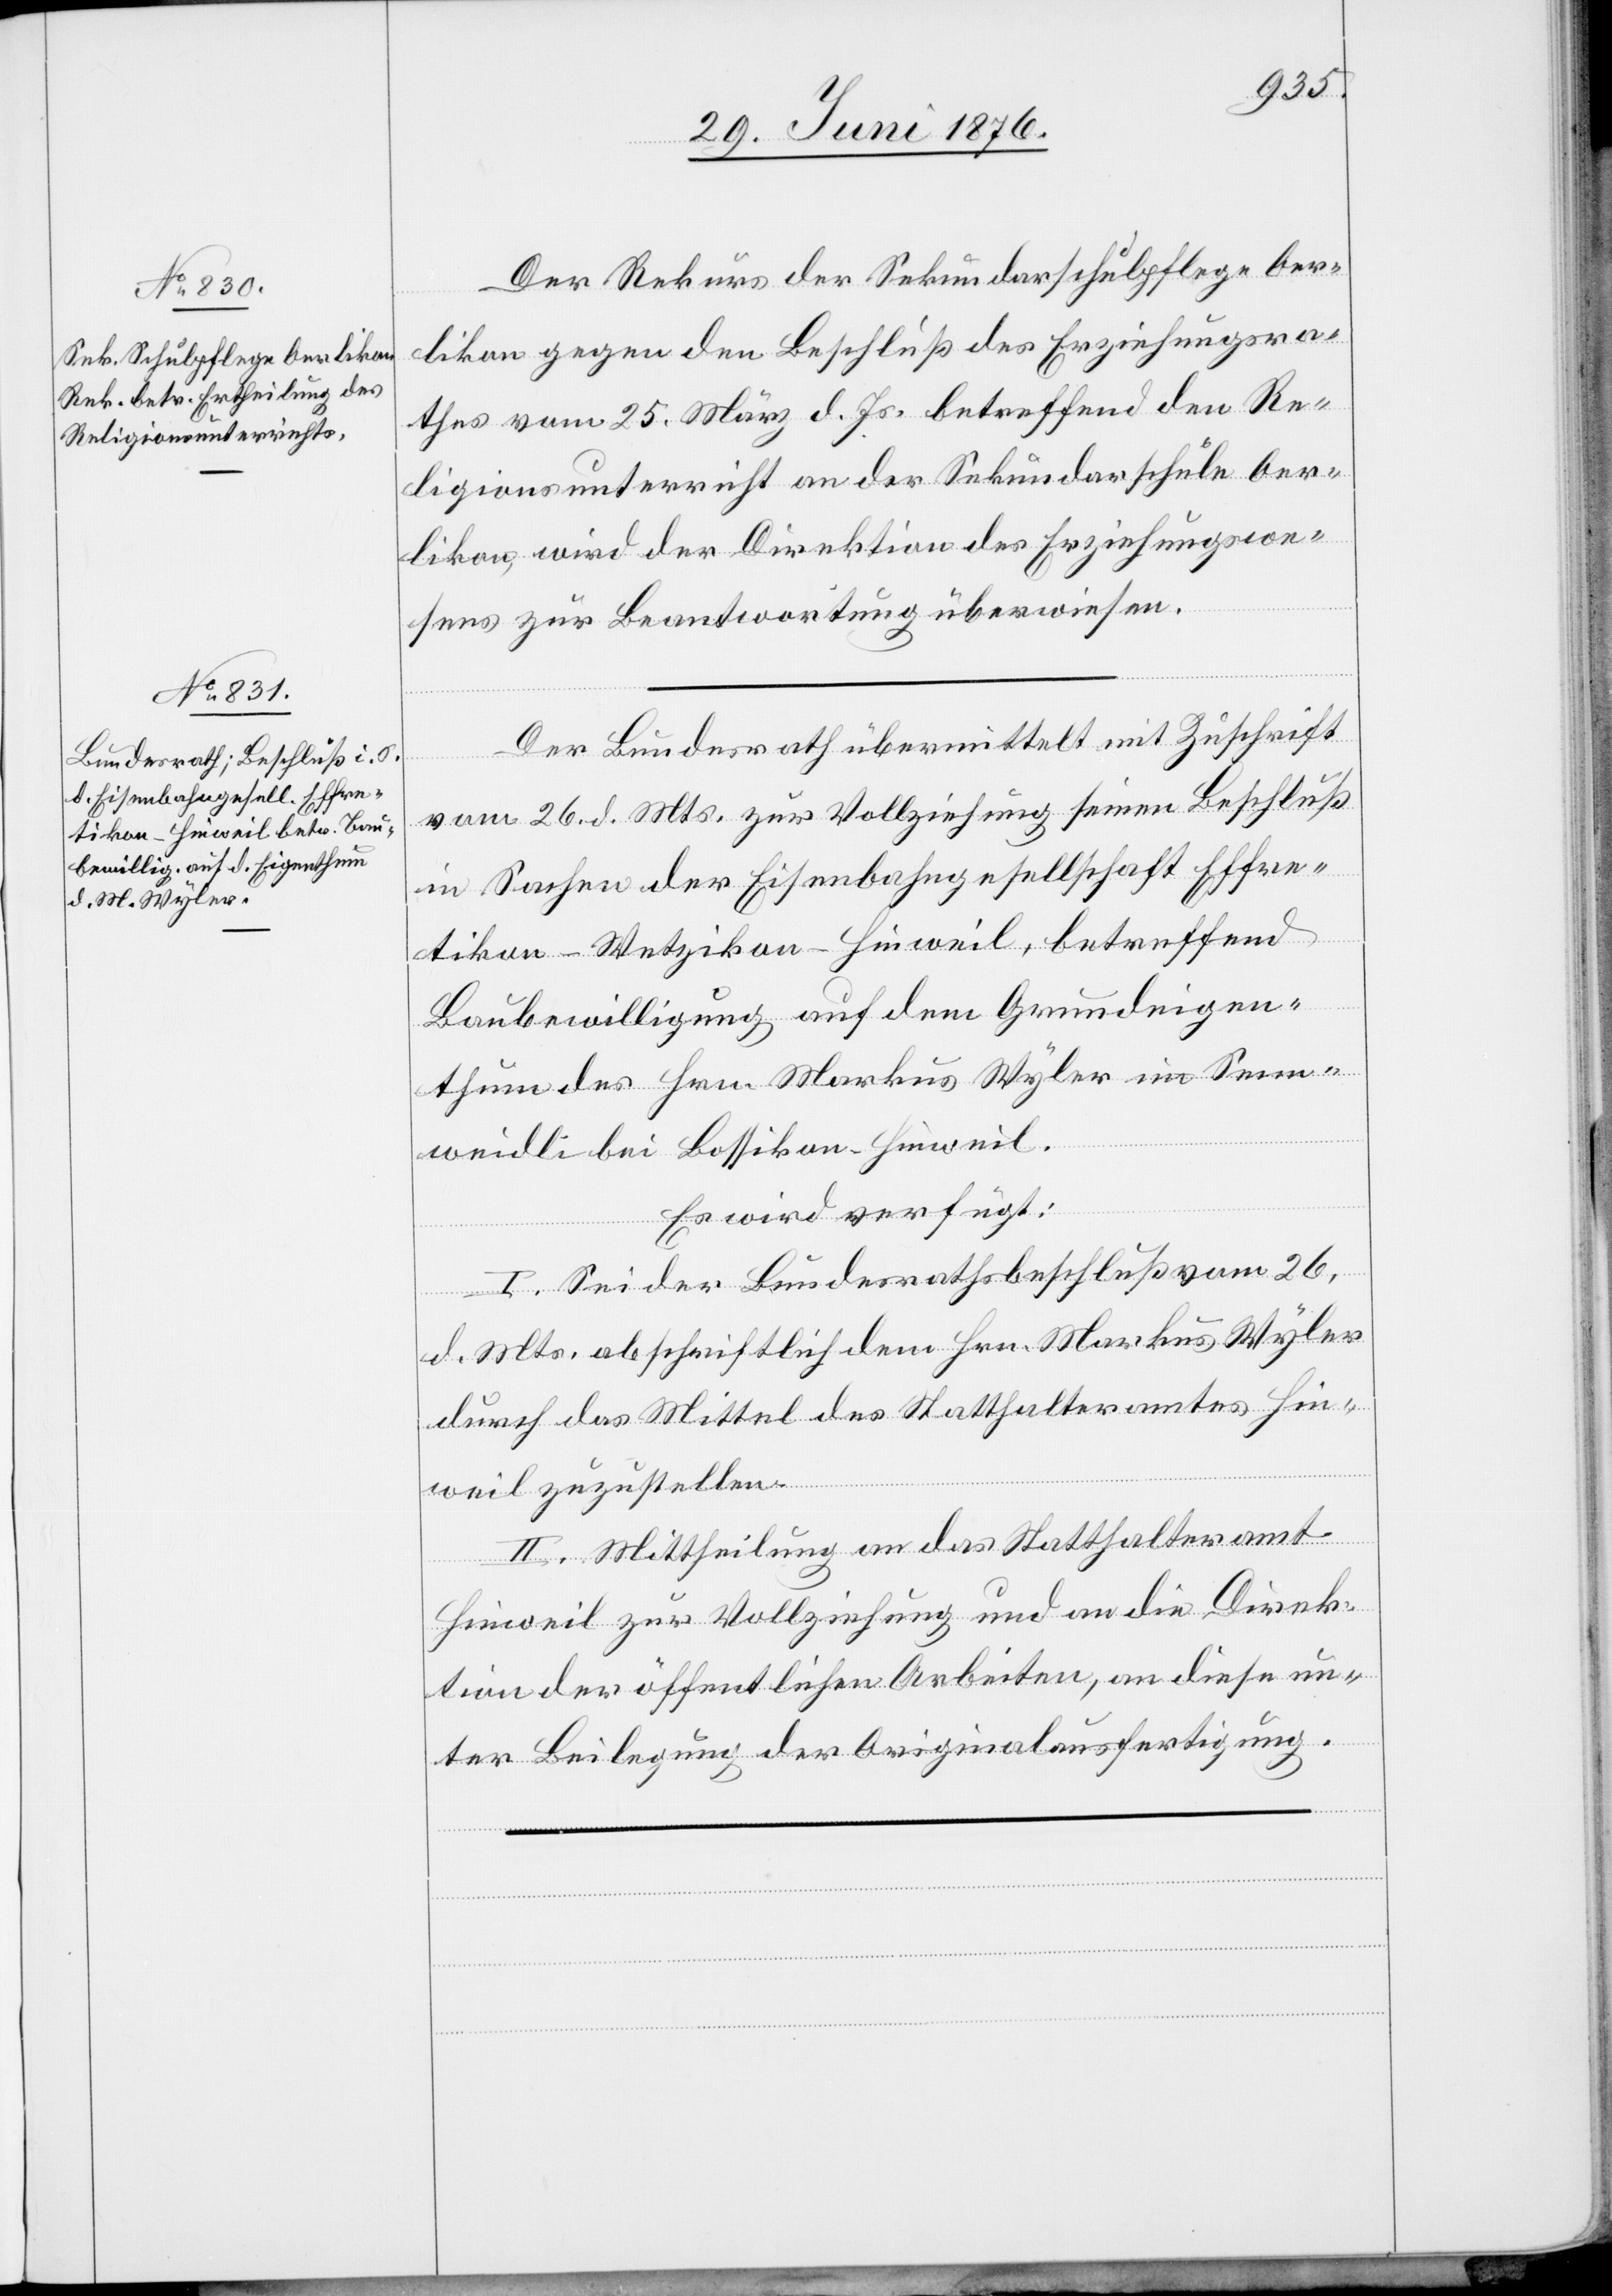
30. Juni 1876.]
Der Rekurs der Sekundarschulpflege Oer¬
likon gegen den Beschluß des Erziehungsra¬
thes vom 25. März d. Js. betreffend den Re¬
ligionsunterricht an der Sekundarschule Oer¬
likon, wird der Direktion des Erziehungswe¬
sens zur Beantwortung überwiesen.
Der Bundesrath übermittelt mit Zuschrift
vom 26. d. Mts. zur Vollziehung seinen Beschluß
in Sachen der Eisenbahngesellschaft Effre¬
tikon–Wetzikon–Hinweil, betreffend
Baubewilligung auf dem Grundeigen¬
thum des Hrn. Markus Wyler im Senn¬
weidli bei Bossikon - Hinweil.
Es wird verfügt:
I. Sei der Bundesrathsbeschluß vom 26.
d. Mts. abschriftlich dem Hrn. Markus Wyler
durch das Mittel des Statthalteramtes Hin¬
weil zuzustellen.
II. Mittheilung an das Statthalteramt
Hinweil zur Vollziehung und an die Direk¬
tion der öffentlichen Arbeiten, an diese un¬
ter Beilegung der Originalausfertigung.